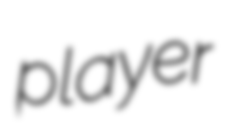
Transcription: player